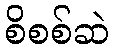
စိစစ်ဆဲ